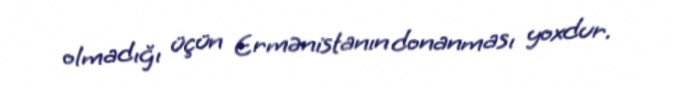
olmadığı üçün Ermənistanın donanması yoxdur.